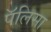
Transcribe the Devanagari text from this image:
पॅलिसा